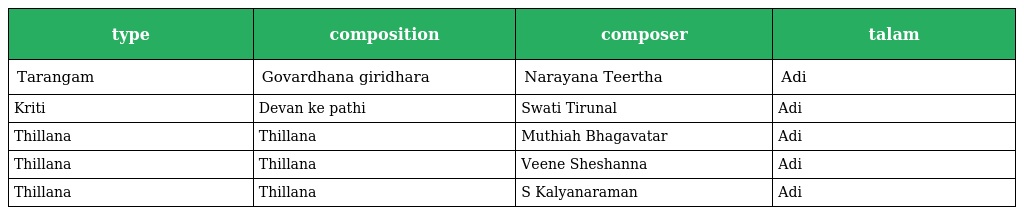
| type | composition | composer | talam |
 | --- | --- | --- | --- |
 | Tarangam | Govardhana giridhara | Narayana Teertha | Adi |
 | Kriti | Devan ke pathi | Swati Tirunal | Adi |
 | Thillana | Thillana | Muthiah Bhagavatar | Adi |
 | Thillana | Thillana | Veene Sheshanna | Adi |
 | Thillana | Thillana | S Kalyanaraman | Adi |